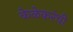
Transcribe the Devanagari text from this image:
केळेकरंची